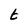
Character: t